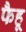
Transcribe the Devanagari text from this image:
फैहू